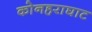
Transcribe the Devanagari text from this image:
कोनहराघाट